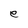
Character: e